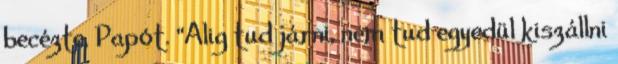
becézte, Papót. “Alig tud járni, nem tud egyedül kiszállni